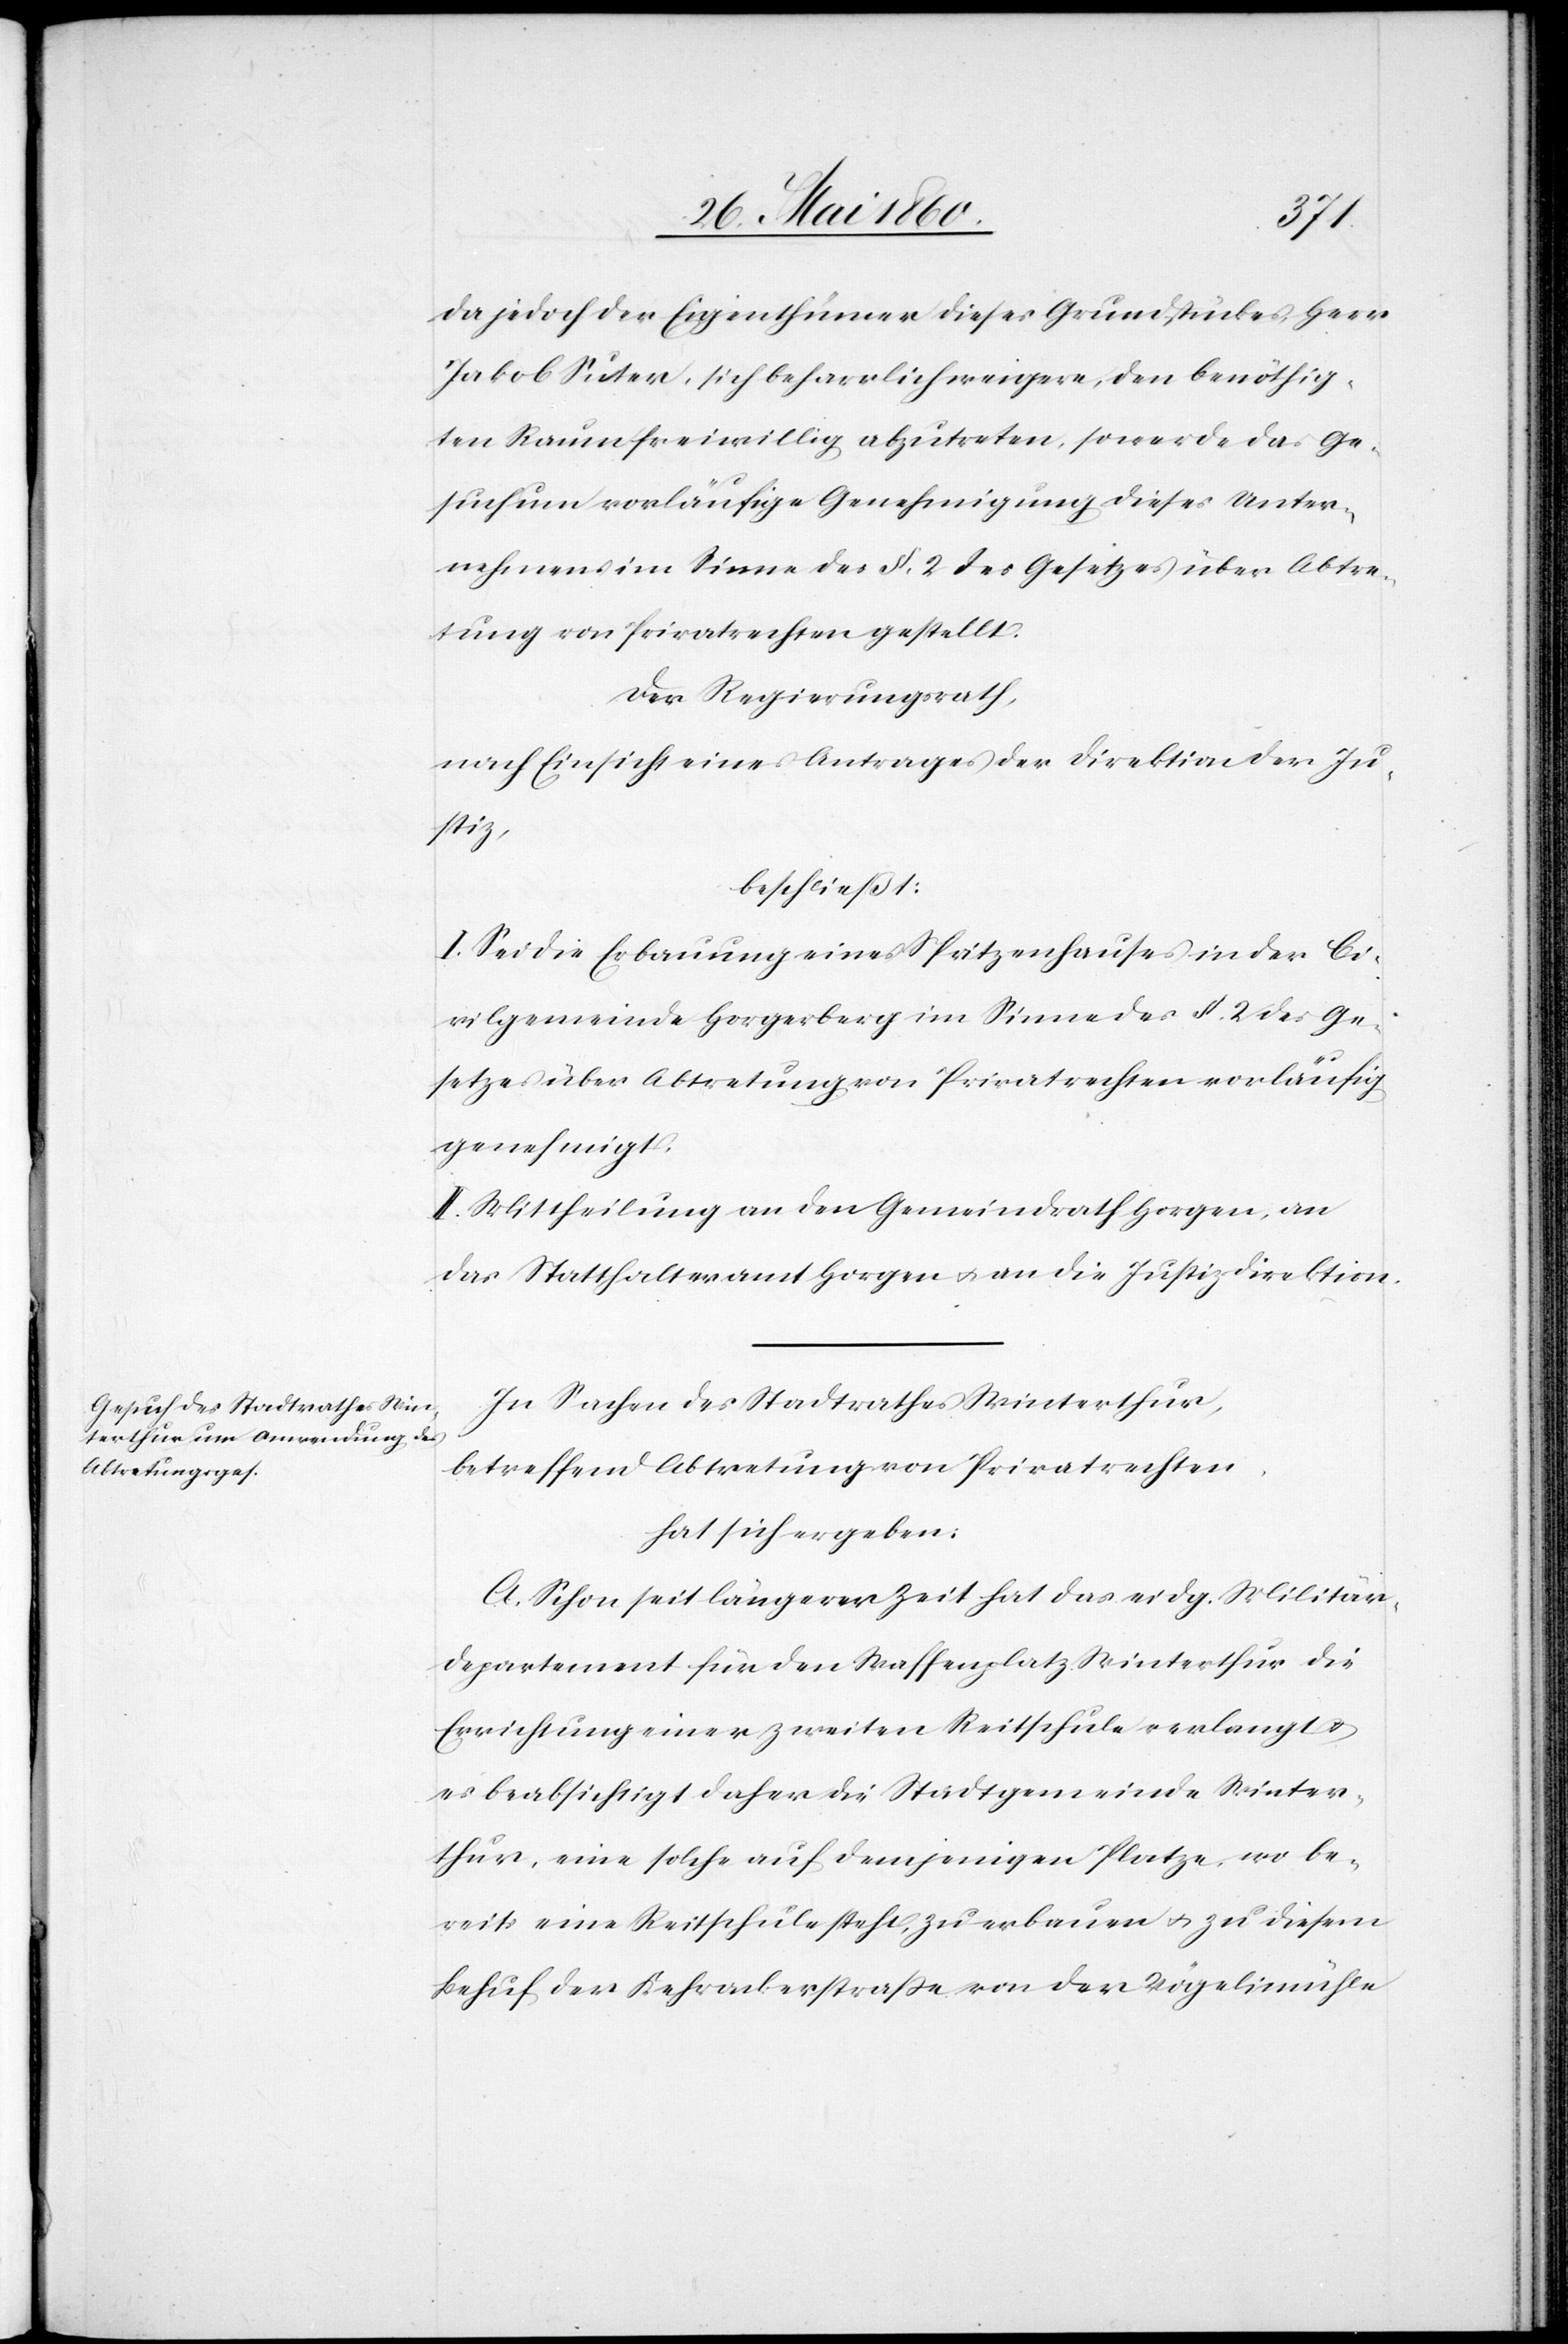
da jedoch der Eigenthümer dieses Grundstückes, Herr
Jakob Suter, sich beharrlich weigere, den benöthig¬
ten Raum freiwillig abzutreten, so werde das Ge¬
such um vorläufige Genehmigung dieses Unter¬
nehmens im Sinne des §. 2. des Gesetzes über Abtre¬
tung von Privatrechten gestellt.
Der Regierungsrath,
nach Einsicht eines Antrages der Direktion der Ju¬
stiz,
beschließt:
I. Sei die Erbauung eines Spritzenhauses in der Ci¬
vilgemeinde Horgerberg im Sinne des §. 2. des Ge¬
setzes über Abtretung von Privatrechten vorläufig
genehmigt.
II. Mittheilung an den Gemeindrath Horgen, an
das Statthalteramt Horgen u. an die Justizdirektion.
In Sachen des Stadtrathes Winterthur,
betreffend Abtretung von Privatrechten,
hat sich ergeben:
A. Schon seit längerer Zeit hat das eidg. Militär¬
departement für den Waffenplatz Winterthur die
Errichtung einer zweiten Reitschule verlangt u.
es beabsichtigt daher die Stadtgemeinde Winter¬
thur, eine solche auf demjenigen Platze, wo be¬
reits eine Reitschule steht, zu erbauen u. zu diesem
Behuf der Kehrackerstrasse von der Vögelimühle